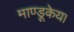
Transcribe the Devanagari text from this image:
माण्डूकेय।